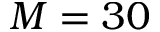
M = 3 0